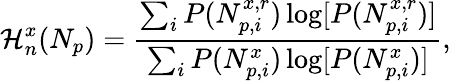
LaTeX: \mathcal{H}_{n}^{x}(N_{p})=\frac{\sum_{i}P(N_{p,i}^{x,r})\log[P(N_{p,i}^{x,r})]}{\sum_{i}P(N_{p,i}^{x})\log[P(N_{p,i}^{x})]},